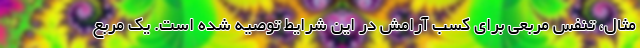
مثال، تنفس مربعی برای کسب آرامش در این شرایط توصیه شده است. یک مربع